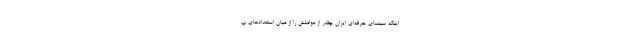
اینکه سینمای حرفه‌ای ایران چقدر از عواملش را از میان استعدادهای پ